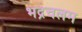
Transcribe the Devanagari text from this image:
भद्रचलम